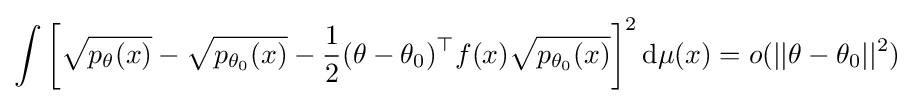
\int \left[{\sqrt {p_{\theta }(x)}}-{\sqrt {p_{\theta _{0}}(x)}}-{\frac {1}{2}}(\theta -\theta _{0})^{\top }f(x){\sqrt {p_{\theta _{0}}(x)}}\right]^{2}\mathrm {d} \mu (x)=o(||\theta -\theta _{0}||^{2})